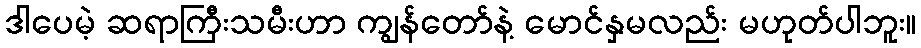
ဒါပေမဲ့ ဆရာကြီးသမီးဟာ ကျွန်တော်နဲ့ မောင်နှမလည်း မဟုတ်ပါဘူး။